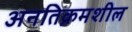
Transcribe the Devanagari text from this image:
अनतिक्रमशील